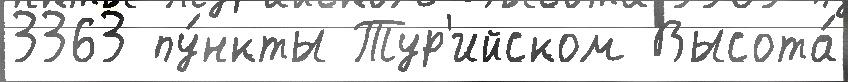
3363 пу́нкты Тур'ийском Высота́